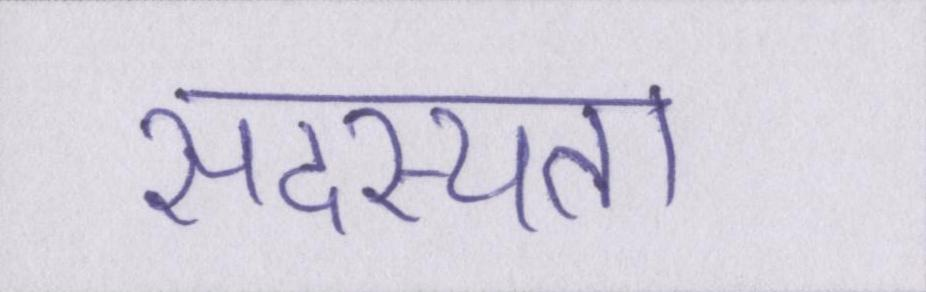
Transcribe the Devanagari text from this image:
सदस्यता